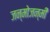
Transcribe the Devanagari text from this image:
जन्मोजन्मी